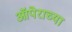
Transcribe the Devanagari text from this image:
ऑपेराच्या